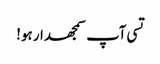
تسی آپ سمجھدار ہو!